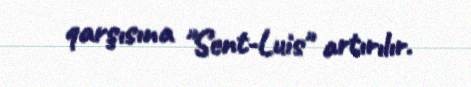
qarşısına "Sent-Luis" artırılır.